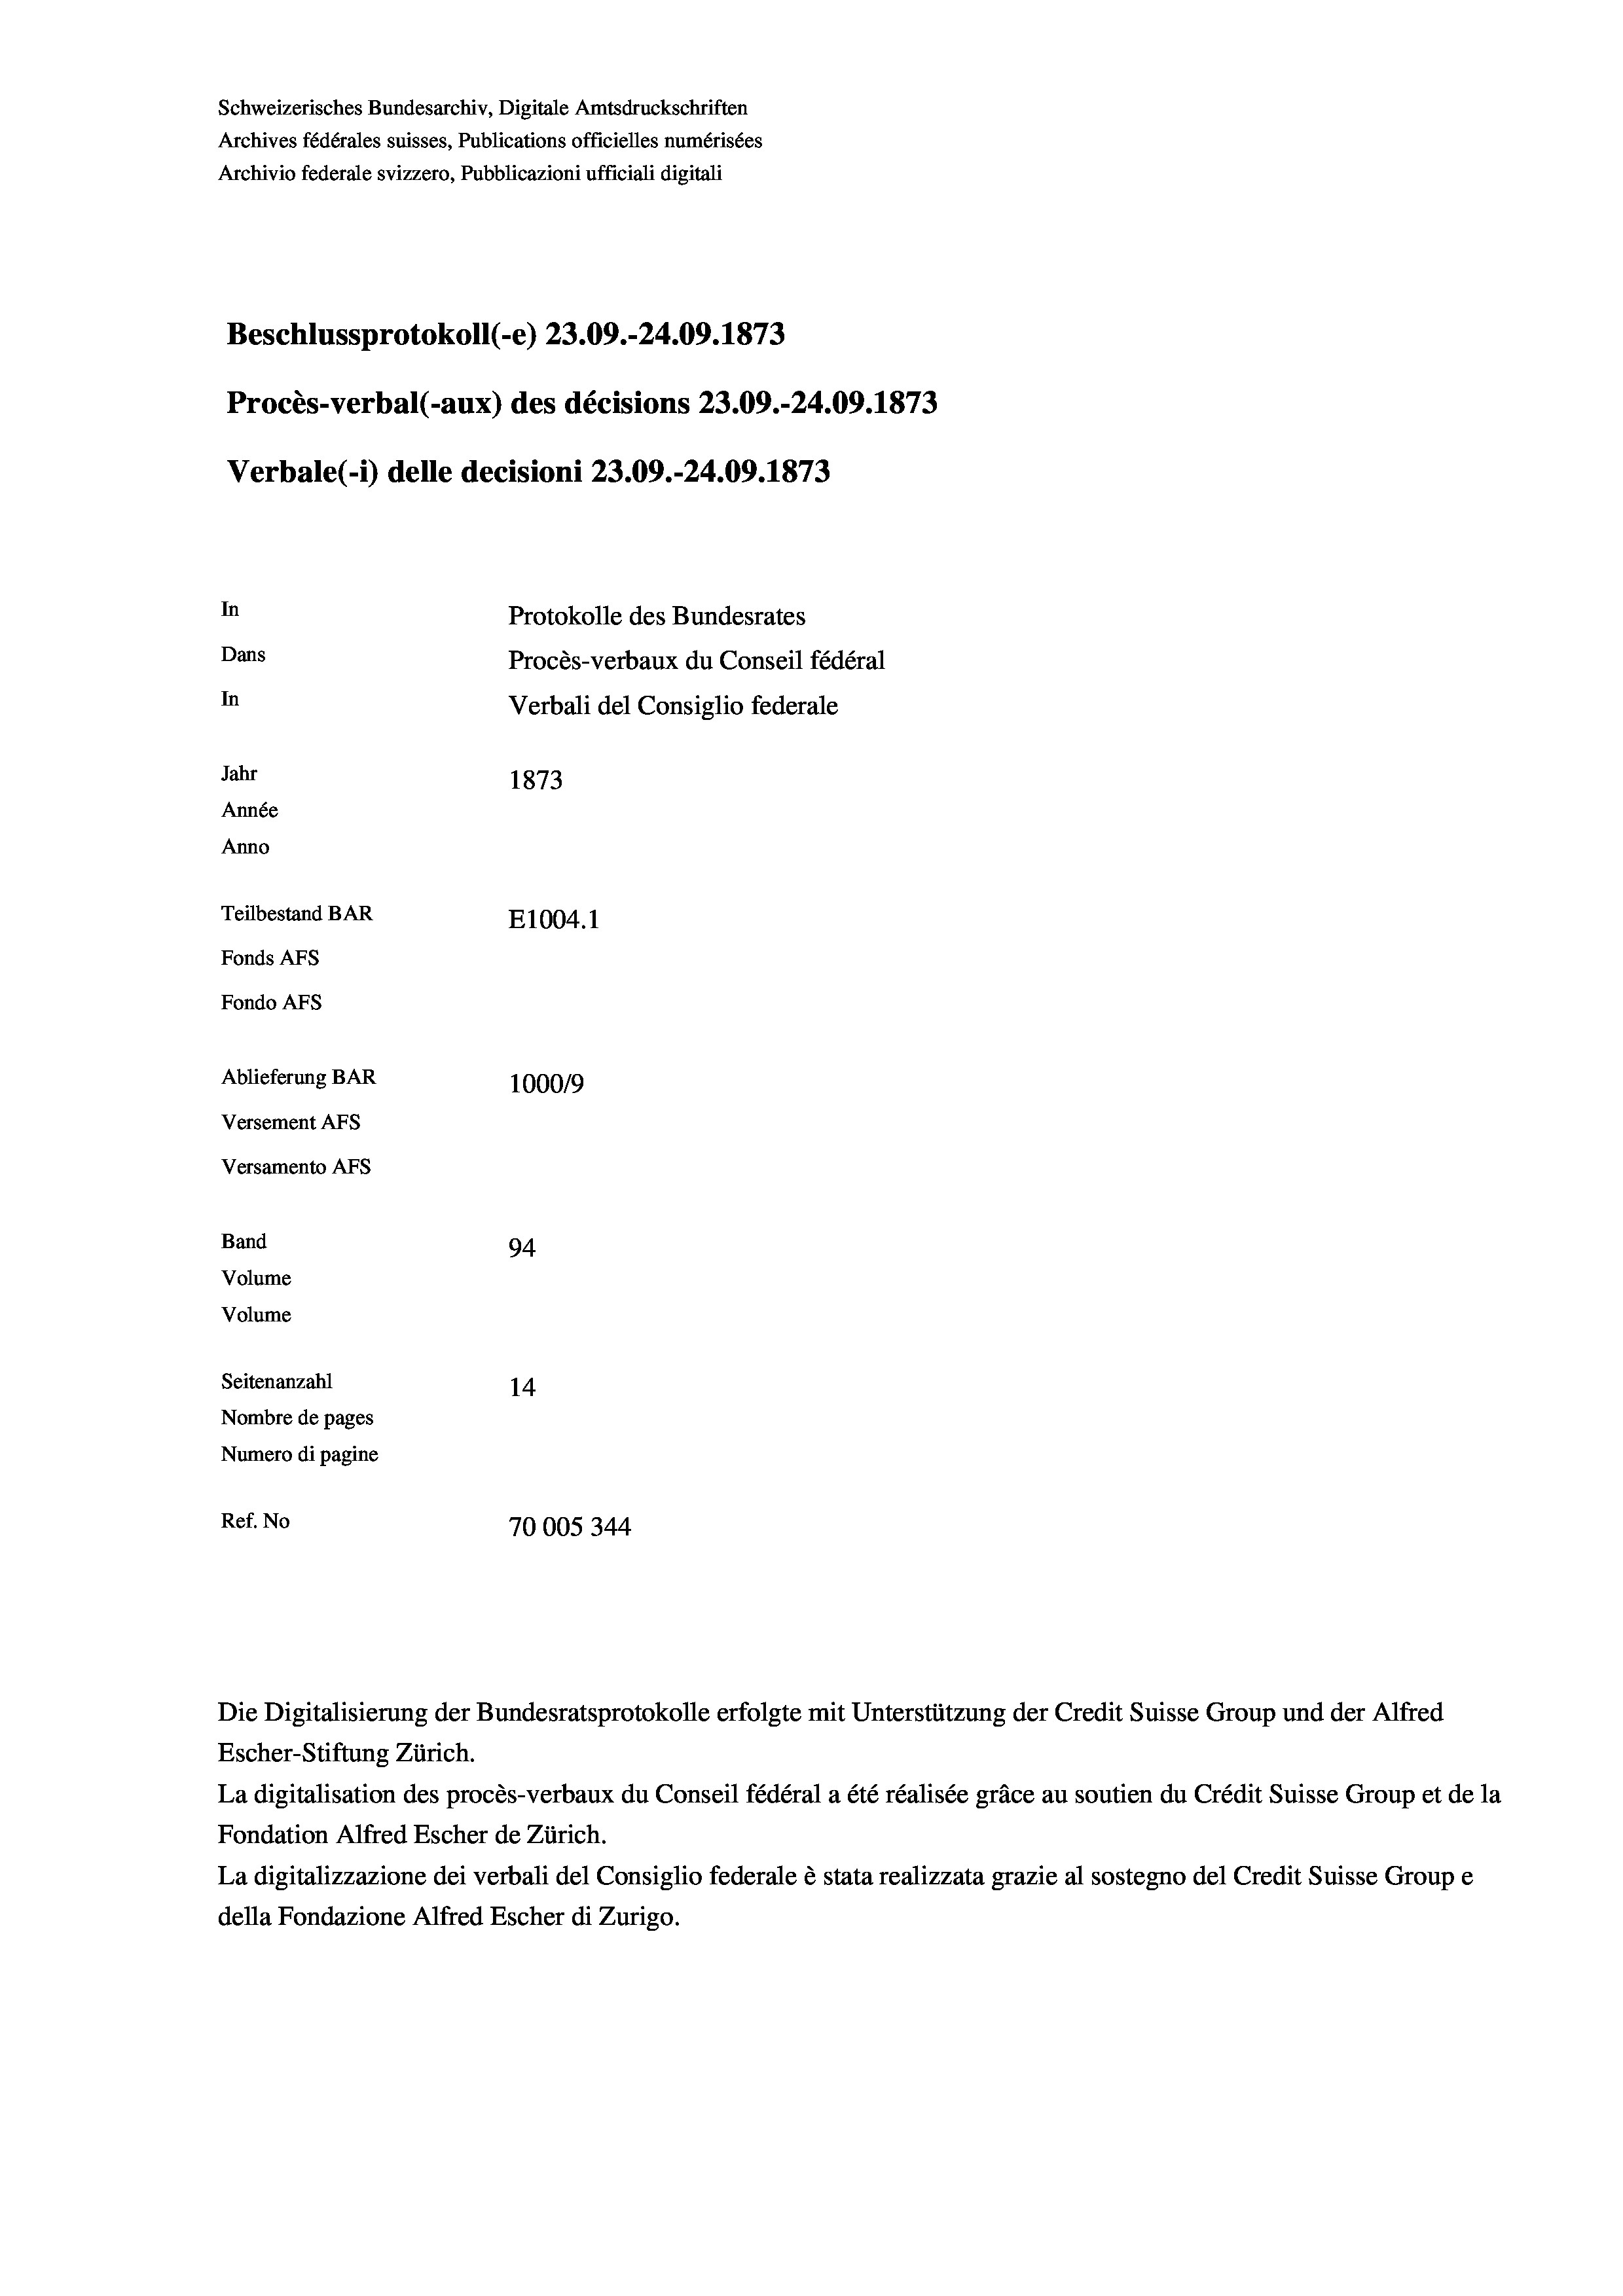
Schweizerisches Bundesarchiv, Digitale Amtsdruckschriften
Archives fédérales suisses, Publications officielles numérisées
Archivio federale svizzero, Pubblicazioni ufficiali digitali
Beschlussprotokoll (-e) 23.09.-24.09. 1873
Procès-verbal (-aux) des décisions 23.09.-24.09. 1873
Verbale(-*) delle decisioni 23.09.-24.09. 1873
In
Protokolle des Bundesrates
Dans
Procès-verbaux du Conseil fédéral
In
Verbali del Consiglio federale
Jahr
1873
Année
Anno
Teilbestand BAR
E1004.1
Fonds AFs
Fondo Afs
Ablieferung BAR
1000/9
Versement AFs
Versamento Afs
Band
94
Volume
Volume
Seitenanzahl
14
Nombre de pages
Numero di pagine
Ref. No
70005 344

La digitalisation des procès-verbaux du Conseil fédéral a été réalisée gräce au soutien du Crédit Suisse Group et de la
Fondation Alfred Escher de Zürich.
La digitalizzazione dei verbali del Consiglio federale è stata realizzata grazie al sostegno del Credit Suisse Groupe
della Fondazione Alfred Escher di Zurigo.

Die Digitalisierung der Bundesratsprotokolle erfolgte mit Unterstützung der Credit Suisse Group und der Alfred
Escher-Stiftung Zürich.